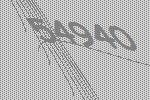
54940